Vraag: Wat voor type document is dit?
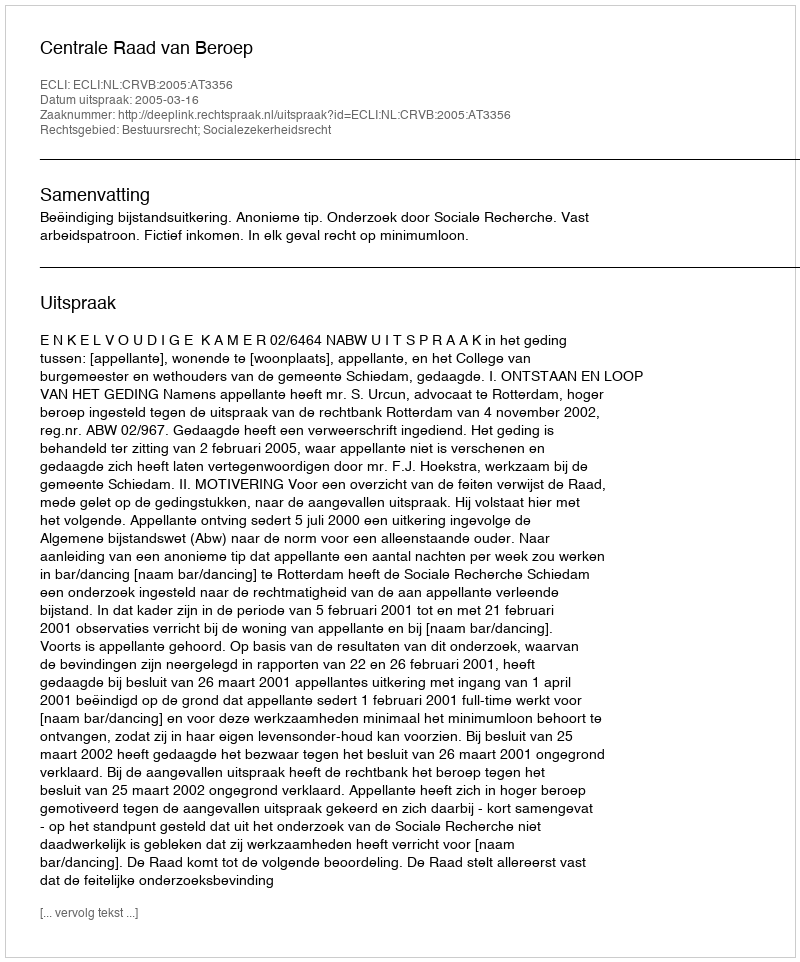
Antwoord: Uitspraak